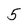
Character: 5